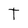
Character: T